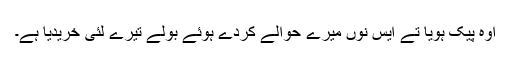
اوہ پیک ہویا تے ایس نوں میرے حوالے کردے ہوئے بولے تیرے لئی خریدیا ہے۔